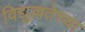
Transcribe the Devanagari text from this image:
विद्युल्लतेच्या